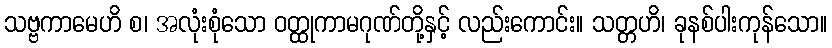
သဗ္ဗကာမေဟိ စ၊ အလုံးစုံသော ဝတ္ထုကာမဂုဏ်တို့နှင့် လည်းကောင်း။ သတ္တဟိ၊ ခုနစ်ပါးကုန်သော။